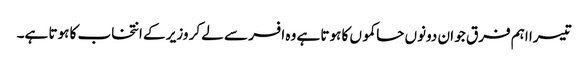
تیسرا اہم فرق جو ان دونوں حاکموں کا ہوتا ہے وہ افسر سے لے کر وزیر کے انتخاب کا ہوتا ہے۔